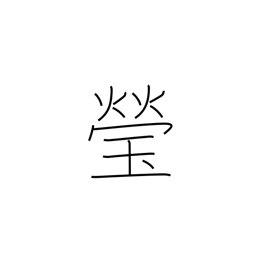
Meaning: clear